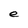
Character: e